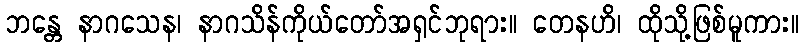
ဘန္တေ နာဂသေန၊ နာဂသိန်ကိုယ်တော်အရှင်ဘုရား။ တေနဟိ၊ ထိုသို့ဖြစ်မူကား။